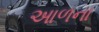
આળના